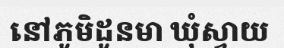
នៅភូមិដូនមា ឃុំស្វាយ